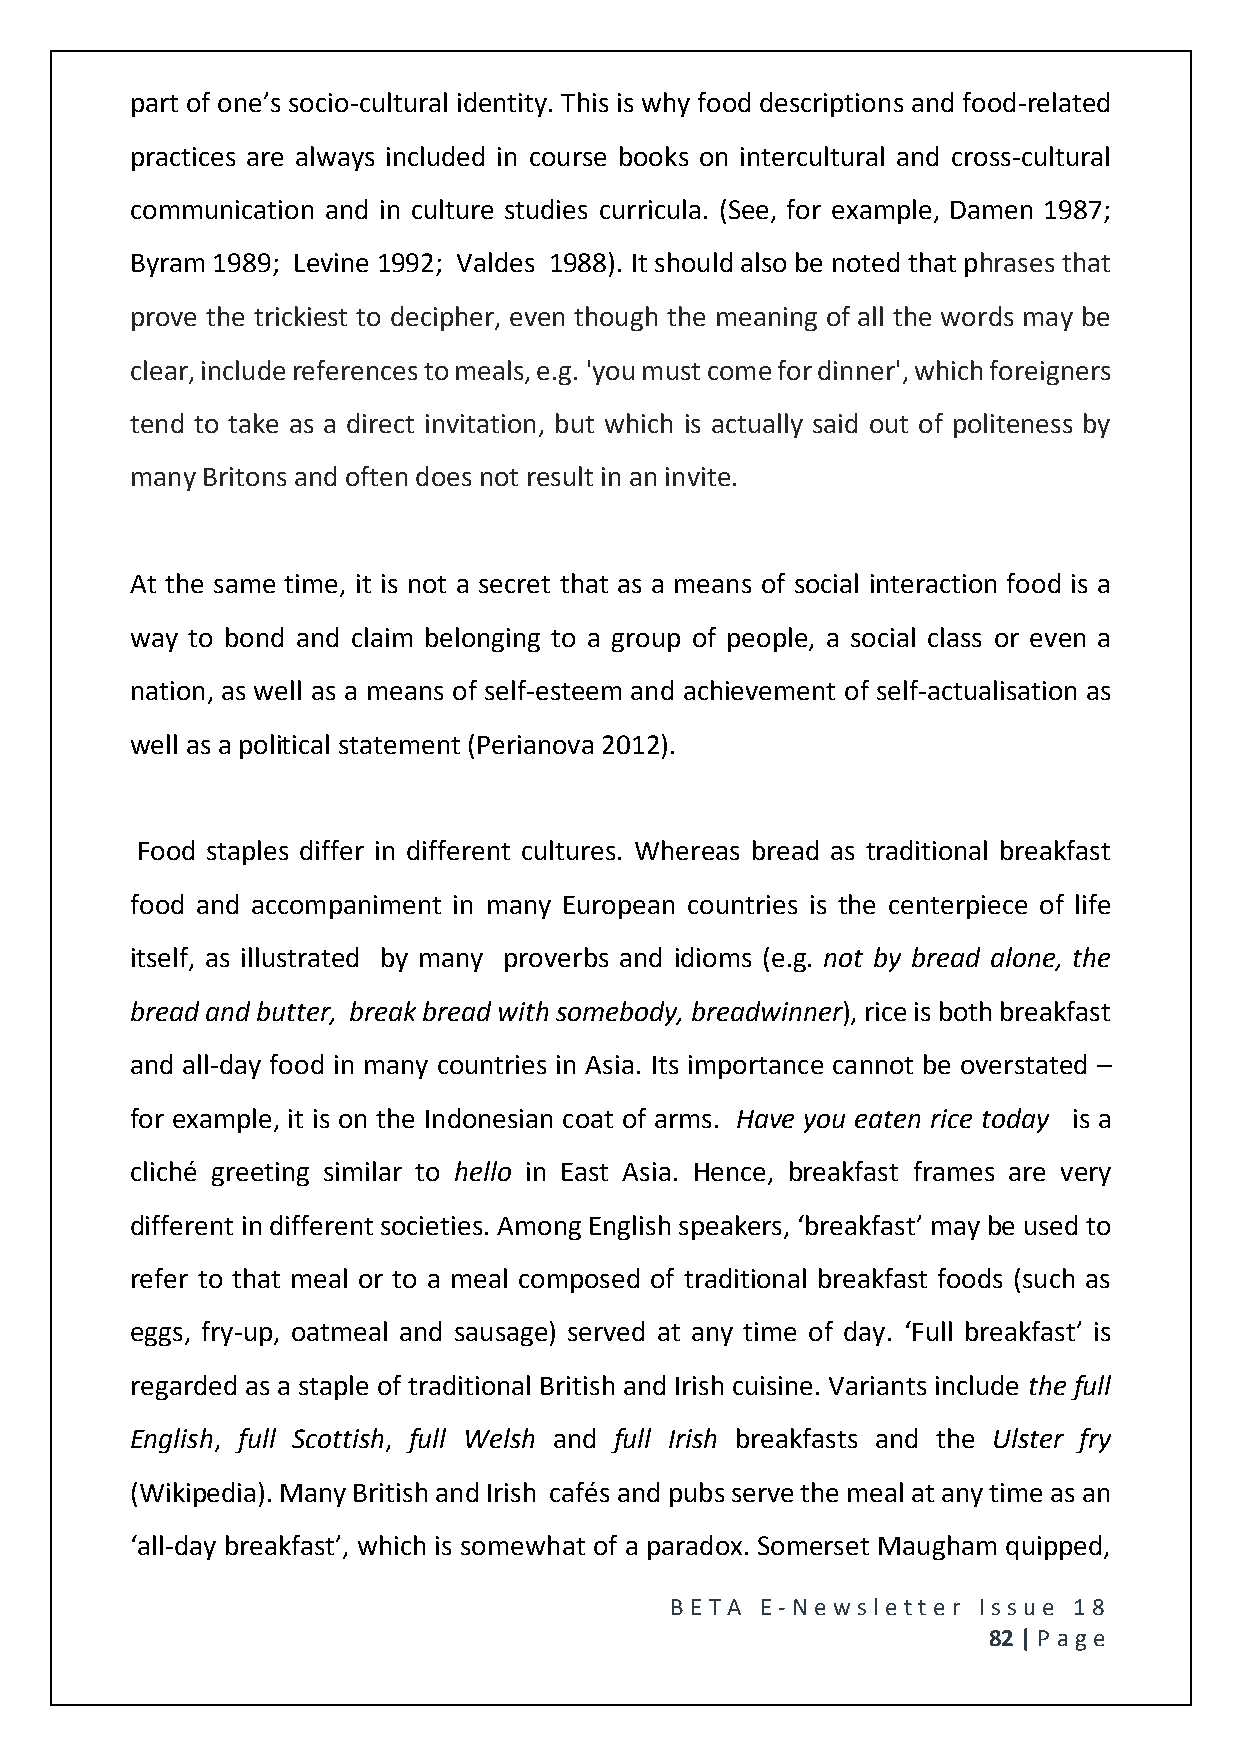
part of one’s socio-cultural identity. This is why food descriptions and food-related
 practices are always included in course books on intercultural and cross-cultural
 communication and in culture studies curricula. (See, for example, Damen 1987;
 Byram 1989; Levine 1992; Valdes 1988). It should also be noted that phrases that
 prove the trickiest to decipher, even though the meaning of all the words may be
 clear, include references to meals, e.g. 'you must come for dinner', which foreigners
 tend to take as a direct invitation, but which is actually said out of politeness by
 many Britons and often does not result in an invite.
 At the same time, it is not a secret that as a means of social interaction food is a
 way to bond and claim belonging to a group of people, a social class or even a
 nation, as well as a means of self-esteem and achievement of self-actualisation as
 well as a political statement (Perianova 2012).
 Food staples differ in different cultures. Whereas bread as traditional breakfast
 food and accompaniment in many European countries is the centerpiece of life
 itself, as illustrated by many proverbs and idioms (e.g. not by bread alone, the
 bread and butter, break bread with somebody, breadwinner), rice is both breakfast
 and all-day food in many countries in Asia. Its importance cannot be overstated –
 for example, it is on the Indonesian coat of arms. Have you eaten rice today is a
 cliché greeting similar to hello in East Asia. Hence, breakfast frames are very
 different in different societies. Among English speakers, ‘breakfast’ may be used to
 refer to that meal or to a meal composed of traditional breakfast foods (such as
 eggs, fry-up, oatmeal and sausage) served at any time of day. ‘Full breakfast’ is
 regarded as a staple of traditional British and Irish cuisine. Variants include the full
 English, full Scottish, full Welsh and full Irish breakfasts and the Ulster fry
 (Wikipedia). Many British and Irish cafés and pubs serve the meal at any time as an
 ‘all-day breakfast’, which is somewhat of a paradox. Somerset Maugham quipped,
 BE T A E -N e wsle tt e r Issue 18
 82 | P age